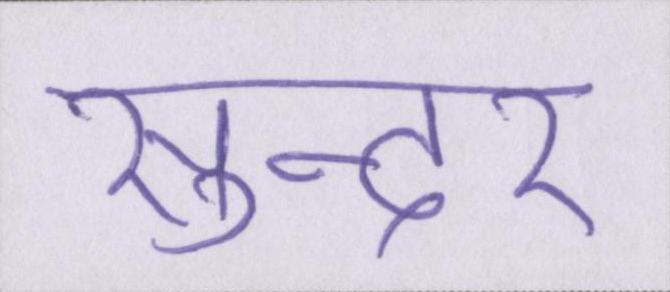
सुन्दर्